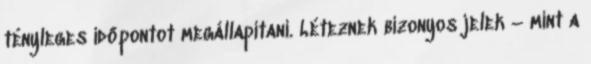
tényleges időpontot megállapítani. Léteznek bizonyos jelek – mint a